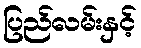
ပြည်လမ်းနှင့်